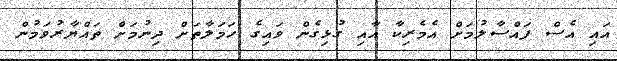
އައި އެސް ފައްސާލުމަށް އެމެރިކާ އާއި ގުޅިގެން ވައިގެ ހަމަލާތަށް ދިނުމަށް ތައްޔާރުވަމުން